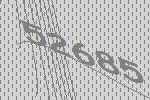
52685